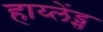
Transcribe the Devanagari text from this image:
हाय्लेंड्स